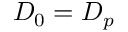
{ \cal D } _ { 0 } = { \cal D } _ { p }